Vaccination returns of the Province of Eastern Bengal and Assam - 1905-1912
Year: 1905
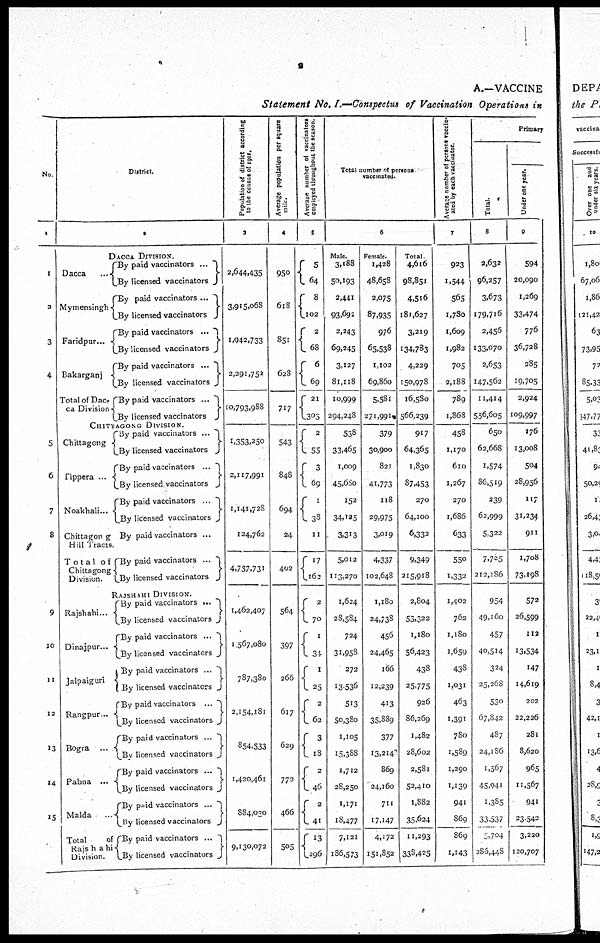
2
A.—VACCINE
Statement No. I.—Conspectus of Vaccination Operations in
No.
1
1
2
3
4
5
6
7
8
9
10
11
12
13
14
15
District.
2
DACCA DIVISION.
Dacca ...
Mymensingh
Faridpur...
Bakarganj
Total of Dac-
ca Division
By paid vaccinators ...
By licensed vaccinators
By paid vaccinators ...
By licensed vaccinators
By paid vaccinators ...
By licensed vaccinators
By paid vaccinators ...
By licensed vaccinators
By paid vaccinators ...
By licensed vaccinators
CHITTAGONG DIVISION.
Chittagong
Tippera ...
Noakhali...
Chittagong
Hill Tracts.
Total of
Chittagong
Division.
By paid vaccinators ...
By licensed vaccinators
By paid vaccinators ...
By licensed vaccinators ...
By paid vaccinators ...
By licensed vaccinators ...
By paid vaccinators ...
By paid vaccinators ...
By licensed vaccinators
RAJSHAHI DIVISION.
Rajshahi...
Dinajpur...
Jalpaiguri
Rangpur...
Bogra ...
Pabna ...
Malda
...
Total
of
Rajshahi
Division.
By paid vaccinators ...
By licensed vaccinators
By paid vaccinators ...
By licensed vaccinators
By paid vaccinators ...
By licensed vaccinators
By paid vaccinators ...
By licensed vaccinators
By paid vaccinators ...
By licensed vaccinators
By paid vaccinators ...
By licensed vaccinators
By paid vaccinators ...
By licensed vaccinators
By paid vaccinators ...
By licensed vaccinators
Population of district according
to the census of 1901.
3
2,644,435
3,915,068
1,942,733
2,291,752
10,793,988
1,353,250
2,117,991
1,141,728
124,762
4,737,731
1,462,407
1 567,080
787,380
2,154,181
854,533
1,420,461
884,030
9,130,072
Average population per square
mile.
4
950
618
851
628
717
543
848
694
24
402
564
397
266
617
629
772
466
505
Average number of vaccinators
employed throughout the season.
5
5
64
8
102
2
68
6
69
717
303
2
55
3
69
1
38
11
17
162
2
70
1
34
1
25
2
62
3
18
2
46
2
14
13
296
Total number of persons
vaccinated.
6
Male.
3,188
50,193
2,441
93,692
2,243
69,245
3,127
81,118
10,999
294,248
538
33,465
1,009
45,680
152
34,125
3,313
5,012
113,270
1,624
28,584
724
31,958
272
13,536
513
50,380
1,105
15,388
1,712
28,250
1,171
18,477
7,121
186,573
Female.
1,428
48,658
2,075
87,935
976
65,538
1,102
69,860
5,581
271,991
379
30,900
821
41,773
118
29,975
3,019
4,337
102,648
1,180
24,738
456
24,465
166
12,239
413
35,889
377
13,214
869
24,160
711
17,147
4,172
151,852
Total
4,616
98,851
4,516
181,627
3,219
134,783
4,229
150,978
16,580
566,239
917
64,365
1,830
87,53
270
64,100
6,332
9,349
215,918
2,804
53,322
1,180
56,423
438
25,775
926
86,269
1,482
28,602
2,581
52,410
1,882
35,624
11,293
338,425
Average number of persons vaccin-
ated by each vaccinator.
7
923
1,544
565
1,780
1,609
1,982
705
2,188
789
1,868
458
1,170
610
1,267
270
1,686
633
550
1,332
1,402
762
1,180
1,659
438
1,031
463
1,391
780
1,589
1,290
1,139
941
869
869
1,143
Primary
Total.
8
2,632
96,257
3,673
179,716
2,456
133,070
2,653
147,562
11,414
556,605
650
62,668
1,574
86,519
239
62,999
5,322
7,785
212,186
954
49,160
457
40,514
324
25,268
530
67,842
487
24,186
1,567
45,941
1,385
33,537
5,704
286,448
Under one year.
9
594
20,090
1,269
33,474
776
36,728
285
19,705
2,924
109,997
176
13,008
504
28,956
117
31,234
911
1,708
73,198
572
26,599
112
13,534
147
14,619
202
22,226
281
8,620
965
11,567
941
23,542
3,220
120,707